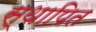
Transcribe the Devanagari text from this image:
स्थापित